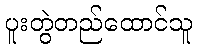
ပူးတွဲတည်ထောင်သူ